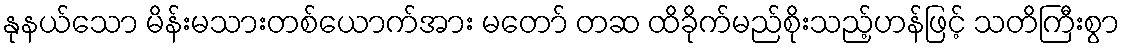
နုနယ်သော မိန်းမသားတစ်ယောက်အား မတော် တဆ ထိခိုက်မည်စိုးသည့်ဟန်ဖြင့် သတိကြီးစွာ